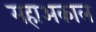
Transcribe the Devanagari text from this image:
महाअकाल